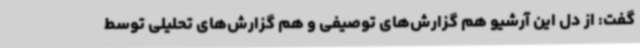
گفت: از دل این آرشیو هم گزارش‌های توصیفی و هم گزارش‌های تحلیلی توسط